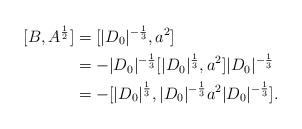
LaTeX: \begin{align*} [B,A^{\frac12}] &= [|D_0|^{-\frac13},a^2]\\ &= -|D_0|^{-\frac13}[|D_0|^{\frac13},a^2]|D_0|^{-\frac13}\\ &= -[|D_0|^{\frac13},|D_0|^{-\frac13}a^2|D_0|^{-\frac13}]. \end{align*}